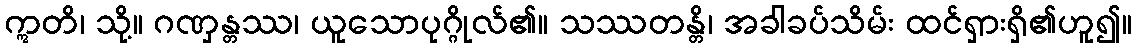
ဣတိ၊ သို့။ ဂဏှန္တဿ၊ ယူသောပုဂ္ဂိုလ်၏။ သဿတန္တိ၊ အခါခပ်သိမ်း ထင်ရှားရှိ၏ဟူ၍။